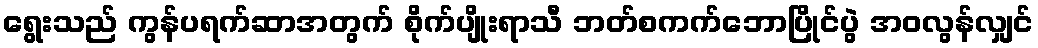
ရွေးသည် ကွန်ပရက်ဆာအတွက် စိုက်ပျိုးရာသီ ဘတ်စကက်ဘောပြိုင်ပွဲ အဝလွန်လျှင်